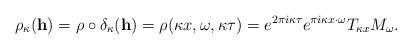
LaTeX: \begin{align*}\rho_\kappa(\mathbf{h}) = \rho \circ \delta_\kappa(\mathbf{h}) = \rho(\kappa x, \omega , \kappa \tau) = e^{2 \pi i \kappa \tau} e^{\pi i \kappa x \cdot \omega} T_{\kappa x} M_{\omega} .\end{align*}